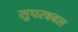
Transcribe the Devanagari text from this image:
सुपरबबल